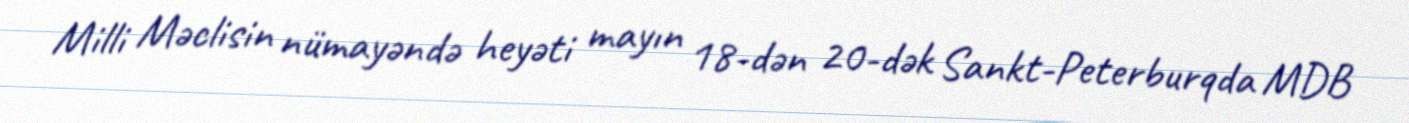
Milli Məclisin nümayəndə heyəti mayın 18-dən 20-dək Sankt-Peterburqda MDB